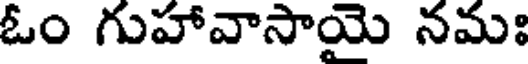
ఓం గుహావాసాయై నమః